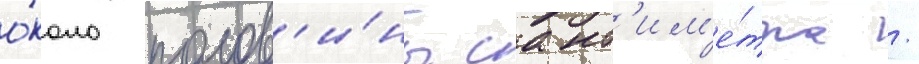
о́коло полов'и́ны сант'им'е́тра /